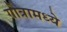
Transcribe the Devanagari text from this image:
गोत्रामध्ये